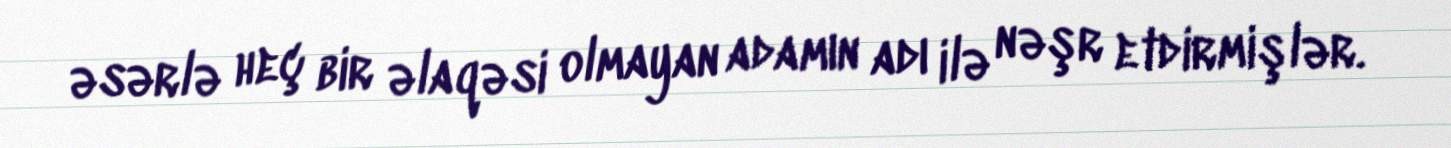
əsərlə heç bir əlaqəsi olmayan adamın adı ilə nəşr etdirmişlər.